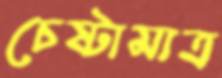
চেষ্টামাত্র